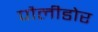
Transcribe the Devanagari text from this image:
पौलीडोर